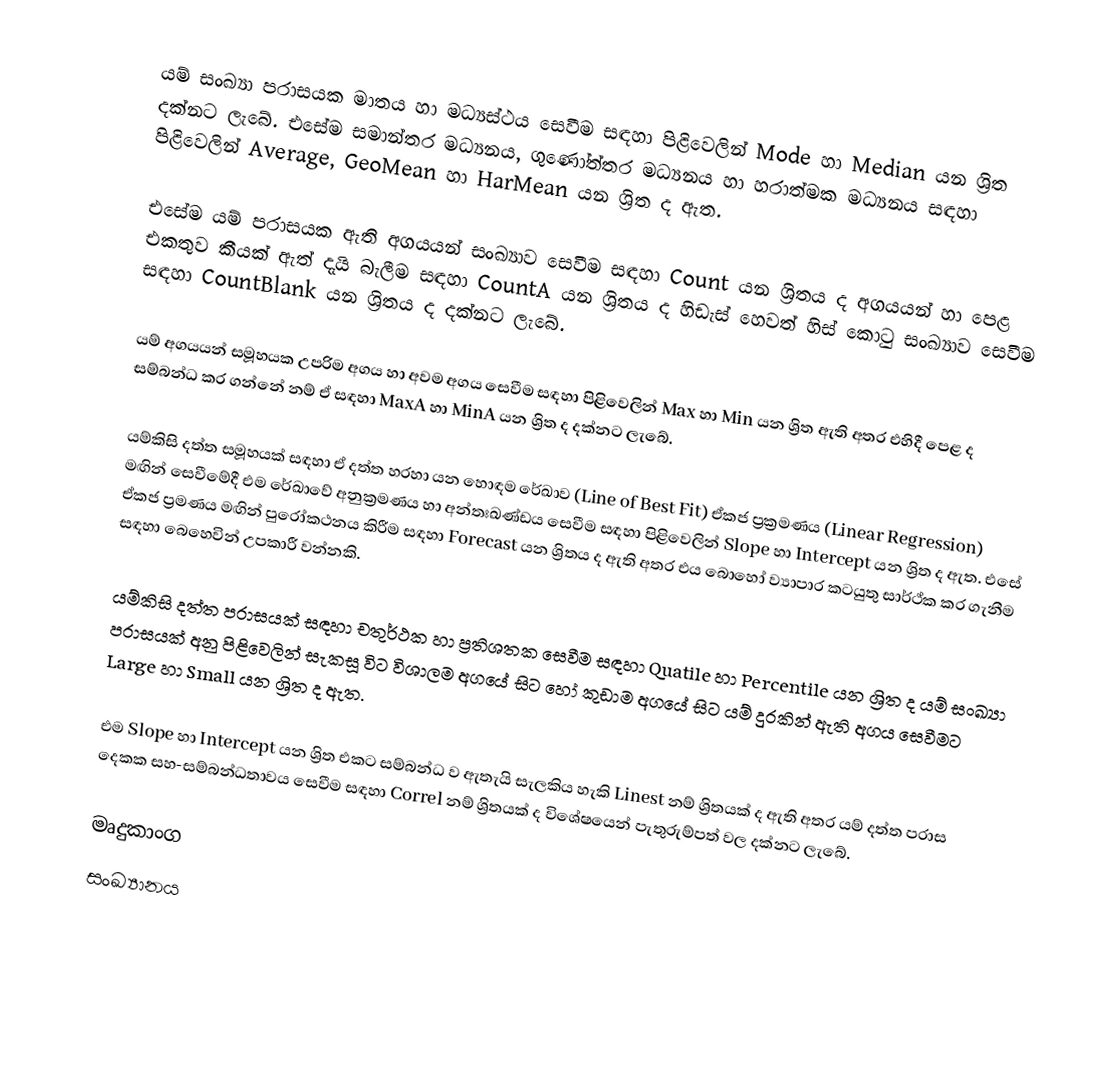
යම් සංඛ්‍යා පරාසයක මාතය හා මධ්‍යස්ථය සෙවීම සඳහා පිළිවෙලින් Mode හා Median යන ශ්‍රිත දක්නට ලැබේ. එසේම සමාන්තර මධ්‍යනය, ගුණෝත්තර මධ්‍යනය  හා හරාත්මක මධ්‍යනය  සඳහා පිළිවෙලින් Average, GeoMean හා HarMean යන ශ්‍රිත ද ඇත.

එසේම යම් පරාසයක ඇති අගයයන් සංඛ්‍යාව සෙවීම සඳහා Count යන ශ්‍රිතය ද අගයයන් හා පෙළ එකතුව කීයක් ඇත් දැයි බැලීම සඳහා CountA යන ශ්‍රිතය ද හිඩැස් හෙවත් හිස් කොටු සංඛ්‍යාව සෙවීම සඳහා CountBlank යන ශ්‍රිතය ද දක්නට ලැබේ.

යම් අගයයන් සමූහයක උපරිම අගය හා අවම අගය සෙවීම සඳහා පිළිවෙලින් Max හා Min යන ශ්‍රිත ඇති අතර එහිදී පෙළ ද සම්බන්ධ කර ගන්නේ නම් ඒ සඳහා MaxA හා MinA යන ශ්‍රිත ද දක්නට ලැබේ.

යම්කිසි දත්ත සමූහයක් සඳහා ඒ දත්ත හරහා යන හොඳම රේඛාව (Line of Best Fit) ඒකජ ප්‍රක්‍රමණය (Linear Regression) මඟින් සෙවීමේදී එම රේඛාවේ අනුක්‍රමණය හා අන්තඃඛණ්ඩය සෙවීම සඳහා පිළිවෙලින් Slope හා Intercept යන ශ්‍රිත ද ඇත. එසේ ඒකජ ප්‍රමණය මඟින් පුරෝකථනය කිරීම සඳහා Forecast යන ශ්‍රිතය ද ඇති අතර එය බොහෝ ව්‍යාපාර කටයුතු සාර්ථ්ක කර ගැනීම සඳහා බෙහෙවින් උපකාරී වන්නකි.

යම්කිසි දත්ත පරාසයක් සඳහා චතුර්ථක හා ප්‍රතිශතක සෙවීම සඳහා Quatile හා Percentile යන ශ්‍රිත ද යම් සංඛ්‍යා පරාසයක් අනු පිළිවෙලින් සැකසූ විට විශාලම අගයේ සිට හෝ කුඩාම අගයේ සිට යම් දුරකින් ඇති අගය සෙවීමට Large හා Small යන ශ්‍රිත ද ඇත.

එම Slope හා Intercept යන ශ්‍රිත එකට සම්බන්ධ ව ඇතැයි සැලකිය හැකි Linest නම් ශ්‍රිතයක් ද ඇති අතර යම් දත්ත පරාස දෙකක සහ-සම්බන්ධතාවය සෙවීම සඳහා Correl නම් ශ්‍රිතයක් ද විශේෂයෙන් පැතුරුම්පත් වල දක්නට ලැබේ.

මෘදුකාංග
සංඛ්‍යානය